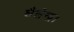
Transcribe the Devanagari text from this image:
शैलेन्द्र।